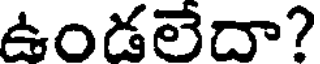
ఉండలేదా?